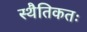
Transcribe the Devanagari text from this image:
स्थैतिकतः